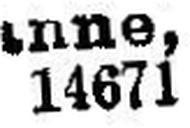
14671